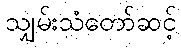
သျှမ်းသံတော်ဆင့်